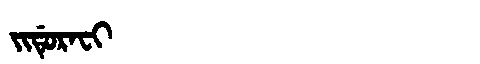
Manchu: ᠵᡳᡩᡠᡵᠠᠸᡳ
Romanization: JIDURAFI